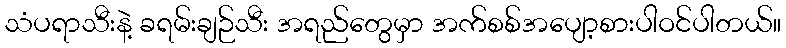
သံပရာသီးနဲ့ ခရမ်းချဉ်သီး အရည်တွေမှာ အက်စစ်အပျော့စားပါဝင်ပါတယ်။